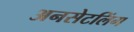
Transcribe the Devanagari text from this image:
अनसेटलिंग